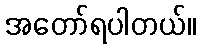
အတော်ရပါတယ်။